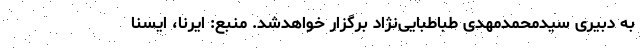
به دبیری سیدمحمدمهدی طباطبایی‌نژاد برگزار خواهدشد. منبع: ایرنا، ایسنا